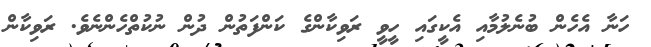
ހަނާ އެހެން ބުނެލުމާއި އެކީގައި ހީވީ ރަވިކާންގެ ކަންފަތުން ދުން ނުކުތްހެންނެވެ. ރަވިކާން